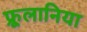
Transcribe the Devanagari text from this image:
फ्रूलानिया